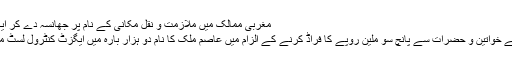
مغربی ممالک میں ملازمت و نقل مکانی کے نام پر جھانسہ دے کر ایک سو پانچ
پڑھے لکھے خواتین و حضرات سے پانچ سو ملین روپے کا فراڈ کرنے کے الزام میں عاصم ملک کا نام دو ہزار بارہ میں ایگزٹ کنٹرول لسٹ میں ڈالا گیا۔